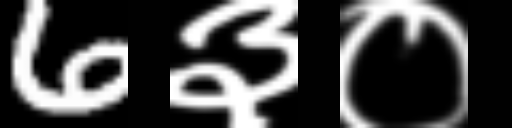
Text: 6३०